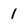
Character: 1